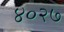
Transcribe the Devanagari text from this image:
४०२७